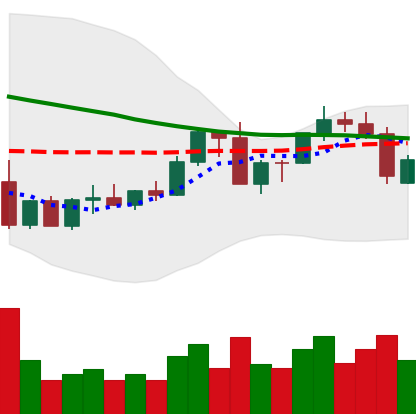
Ticker: ADA-USD
Chart end date: 2022-09-14
Forward return: -5.79%
Label: down_5_7